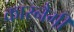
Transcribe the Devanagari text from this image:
कारनैगी